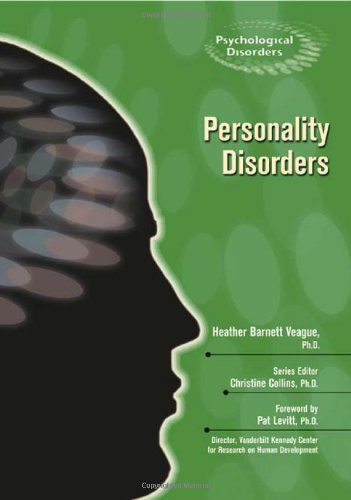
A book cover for Personality Disorders (Psychological Disorders); Christine, Ph.d. Collins; Teen & Young Adult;